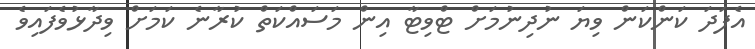
އެފަދަ ކަންކަން ވިޔަ ނުދިނުމަށް ޓްވިޓާ އިން މަސައްކަތް ކުރާނެ ކަމަށް ވިދާޅުވެފައިވެ